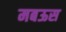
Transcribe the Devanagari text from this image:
मबऊस